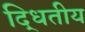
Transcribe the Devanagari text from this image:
द्धितीय